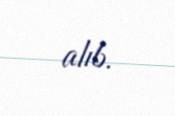
alıb.